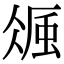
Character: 𧋚